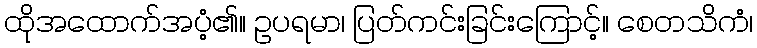
ထိုအထောက်အပံ့၏။ ဥပရမာ၊ ပြတ်ကင်းခြင်းကြောင့်။ စေတသိကံ၊